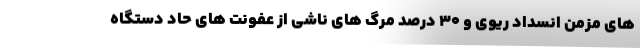
های مزمن انسداد ریوی و ۳۰ درصد مرگ های ناشی از عفونت های حاد دستگاه